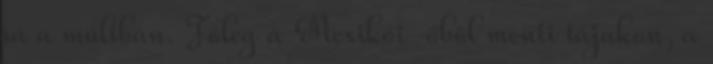
rá a múltban. Főleg a Mexikói-öböl menti tájakon, a